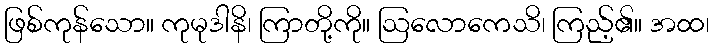
ဖြစ်ကုန်သော။ ကုမုဒါနိ၊ ကြာတို့ကို။ ဩလောကေသိ၊ ကြည့်၏။ အထ၊